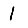
Digit: 1